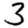
Digit: 3